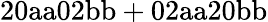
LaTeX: \mathrm{20aa02bb+02aa20bb}